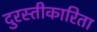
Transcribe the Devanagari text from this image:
दुरस्तीकारिता